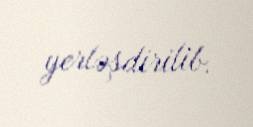
yerləşdirilib.